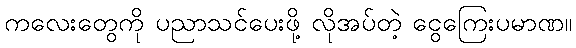
ကလေးတွေကို ပညာသင်ပေးဖို့ လိုအပ်တဲ့ ငွေကြေးပမာဏ။